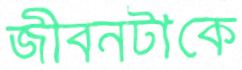
জীবনটাকে